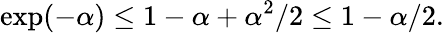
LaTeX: \exp(-\alpha)\leq 1-\alpha+\alpha^{2}/2\leq 1-\alpha/2.